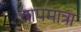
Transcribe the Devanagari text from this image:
तापमात्रा